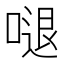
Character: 𠺙